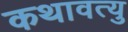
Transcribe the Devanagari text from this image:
कथावत्यु